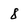
Character: 8